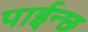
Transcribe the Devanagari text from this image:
पाईन्छ